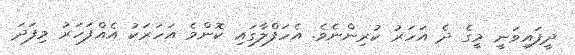
ދީފައިވަނީ މީގެ ދެ އަހަރު ކުރިންނެވެ. އެހަފްލާގައި ކޮންމެ އަހަރަކު އެއްފަހަރު މިފަދަ